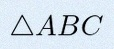
\triangle ABC